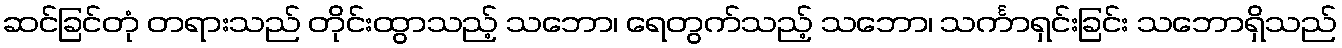
ဆင်ခြင်တုံ တရားသည် တိုင်းထွာသည့် သဘော၊ ရေတွက်သည့် သဘော၊ သင်္ကာရှင်းခြင်း သဘောရှိသည်